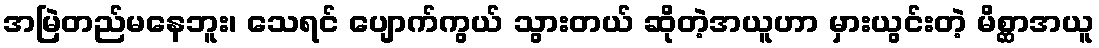
အမြဲတည်မနေဘူး၊ သေရင် ပျောက်ကွယ် သွားတယ် ဆိုတဲ့အယူဟာ မှားယွင်းတဲ့ မိစ္ဆာအယူ